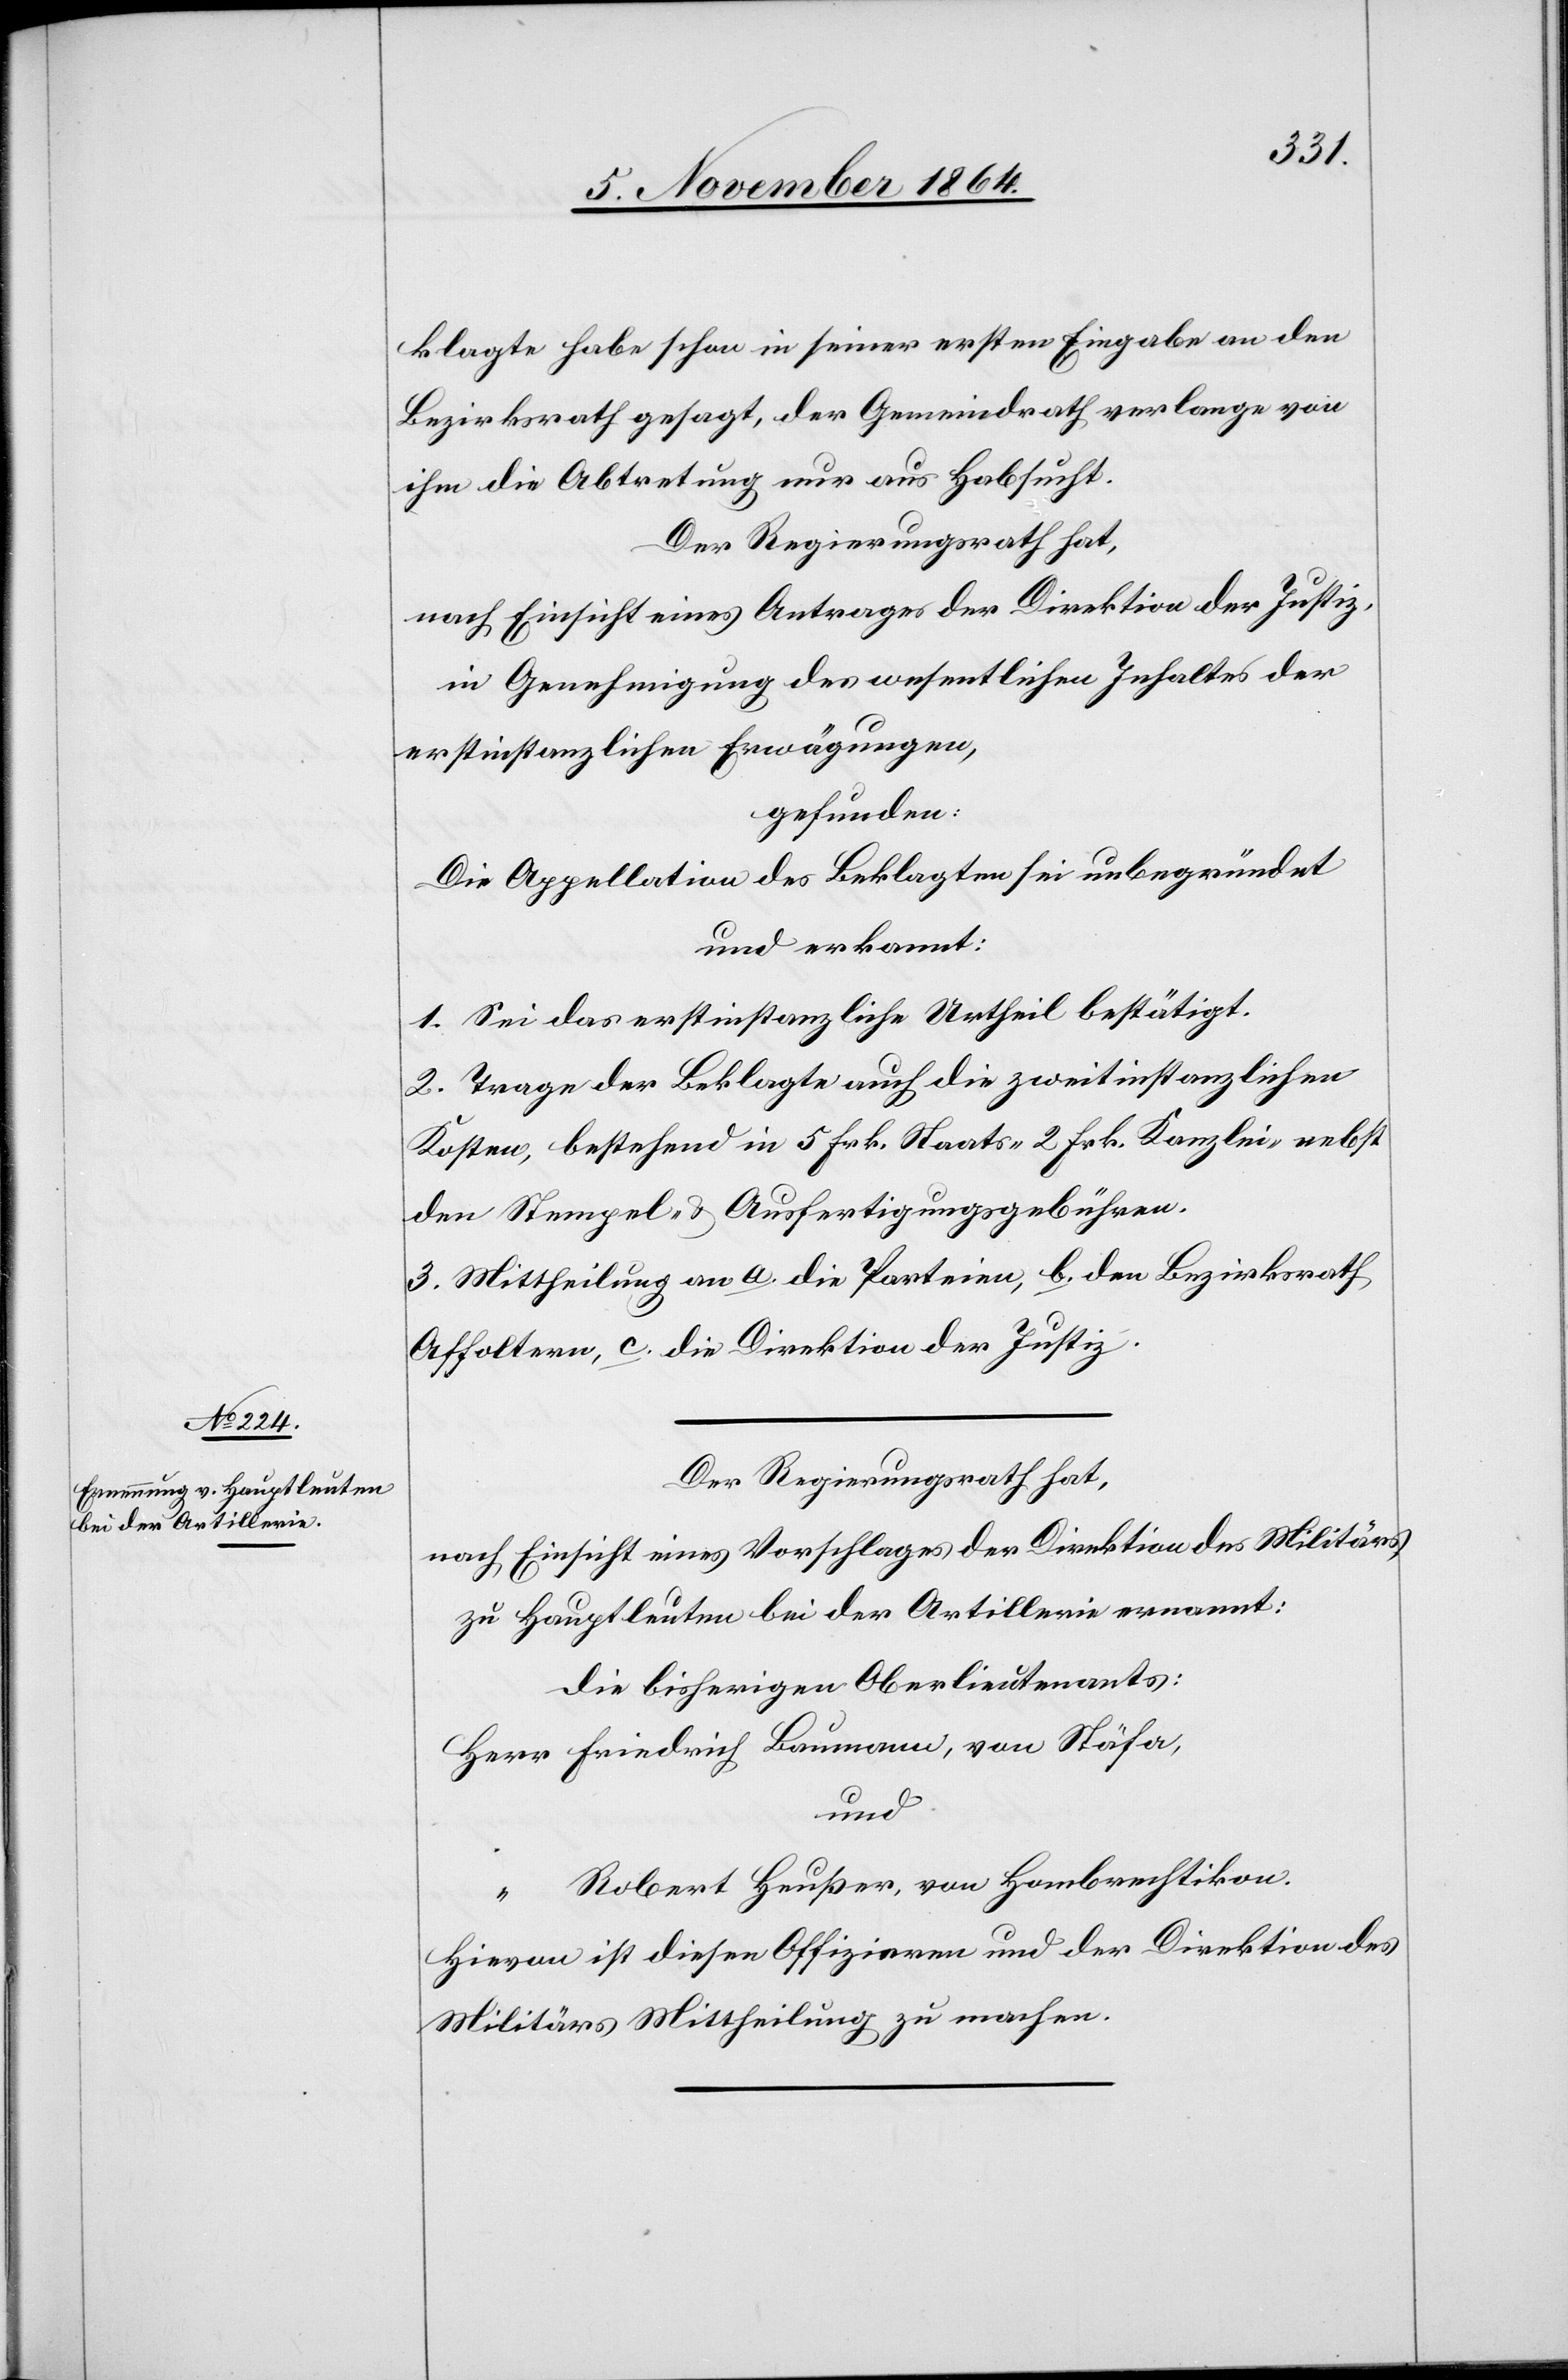
klagte habe schon in seiner ersten Eingabe an den
Bezirksrath gesagt, der Gemeindrath verlange von
ihm die Abtretung nur aus Habsucht.
Der Regierungsrath hat,
nach Einsicht eines Antrages der Direktion der Justiz,
in Genehmigung des wesentlichen Inhaltes der
erstinstanzlichen Erwägungen,
gefunden:
Die Appellation des Beklagten sei unbegründet
und erkannt:
1. Sei das erstinstanzliche Urtheil bestätigt.
2. Trage der Beklagte auch die zweitinstanzlichen
Kosten, bestehend in 5 Frk. Staats- 2 Frk. Kanzlei- nebst
den Stempel- & Ausfertigungsgebühren.
3. Mittheilung an a. die Parteien, b. den Bezirksrath
Affoltern, c. die Direktion der Justiz.
Der Regierungsrath hat,
nach Einsicht eines Vorschlages der Direktion des Militärs
zu Hauptleuten bei der Artillerie ernannt:
die bisherigen Oberlieutenants:
Herr Friedrich Baumann, von Stäfa,
und
“ Robert Heußer, von Hombrechtikon.
Hievon ist diesen Offizieren und der Direktion des
Militärs Mittheilung zu machen.